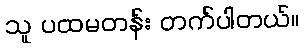
သူ ပထမတန်း တက်ပါတယ်။